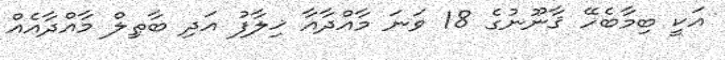
އަކީ ބިމާބެހޭ ޤާނޫނުގެ 18 ވަނަ މާއްދާއާ ޚިލާފު އަދި ބާޠިލް މާއްދާއެއް